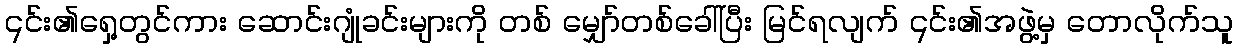
၎င်း၏ရှေ့တွင်ကား ဆောင်းဂျုံခင်းများကို တစ် မျှော်တစ်ခေါ်ပြီး မြင်ရလျက် ၎င်း၏အဖွဲ့မှ တောလိုက်သူ